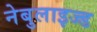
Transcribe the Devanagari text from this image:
नेबुलाइज्ड